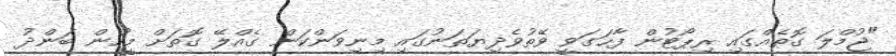
"ޖުމްލަ ގޮތެއްގައި ރިޕޯޓުން ފާހަގަވީ ވޭތުވެދިޔަތަނުގައި މިނިވަންކަން ގެއްލޭ ގޮތަށް މީހުން ބަންދު